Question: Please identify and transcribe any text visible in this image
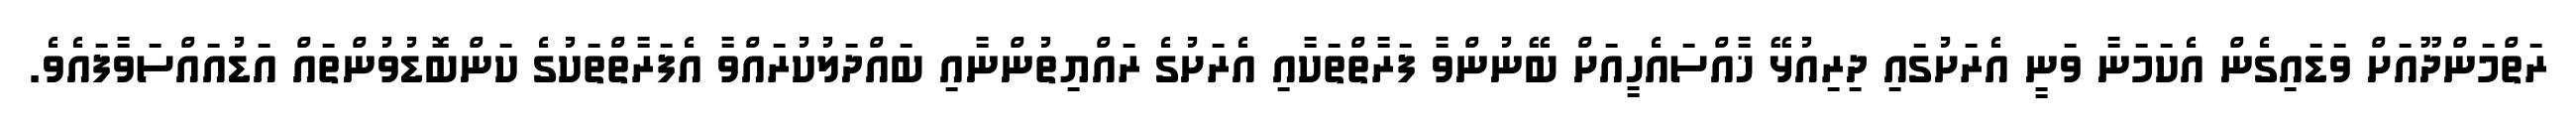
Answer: ރަތްމަންދޫއަށް ވަޑައިގެން އެކަމަނާ ވަނީ އެރަށުގައި ދިރިއުޅޭ ޚާއްސައެހީއަށް ބޭނުންވާ ފަރާތްތަކާއި އެރަށުގެ ރައްޔިތުންނާއި ބައްދަލުކުރައްވާ އެފަރާތްތަކުގެ ކަންބޮޑުވުންތައް އަޑުއައްސަވާފައެވެ.